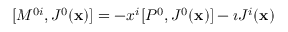
[ M ^ { 0 i } , J ^ { 0 } ( { \bf x } ) ] = - x ^ { i } [ P ^ { 0 } , J ^ { 0 } ( { \bf x } ) ] - \imath J ^ { i } ( { \bf x } )